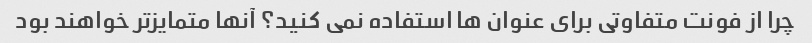
چرا از فونت متفاوتی برای عنوان ها استفاده نمی کنید؟ آنها متمایزتر خواهند بود